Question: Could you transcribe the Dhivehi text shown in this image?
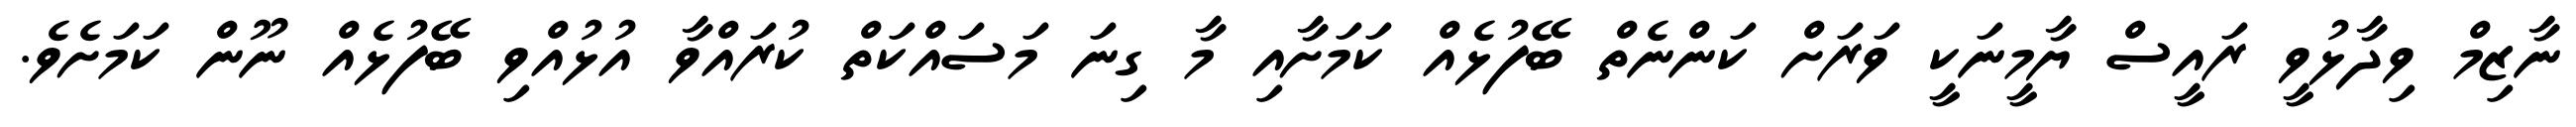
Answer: ނާޒިމް ވިދާޅުވީ ރައީސް ޔާމީނަކީ ވަރަށް ކަންނެތް ބޭފުޅެއް ކަމަށާއި މާ ގިނަ މަސައްކަތް ކުރައްވާ އުޅުއްވި ބޭފުޅެއް ނޫން ކަމަށެވެ.